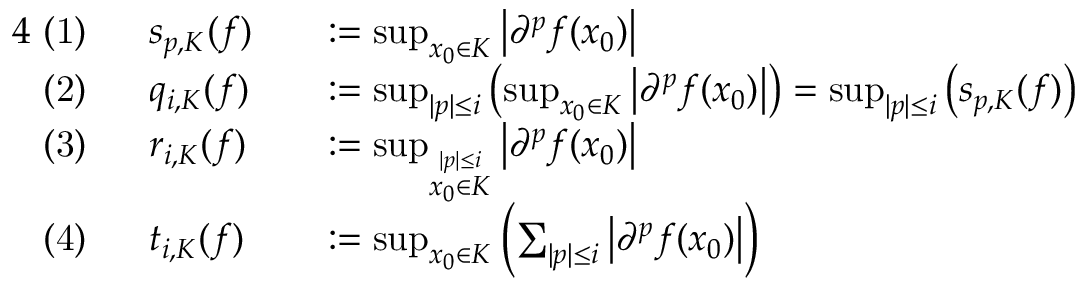
{ \begin{array} { r l r l } { { 4 } { \mathrm { ~ ( 1 ) ~ } } \ } & { s _ { p , K } ( f ) } & & { : = \operatorname* { s u p } _ { x _ { 0 } \in K } \left| \partial ^ { p } f ( x _ { 0 } ) \right| } \\ { { \mathrm { ~ ( 2 ) ~ } } \ } & { q _ { i , K } ( f ) } & & { : = \operatorname* { s u p } _ { | p | \leq i } \left( \operatorname* { s u p } _ { x _ { 0 } \in K } \left| \partial ^ { p } f ( x _ { 0 } ) \right| \right) = \operatorname* { s u p } _ { | p | \leq i } \left( s _ { p , K } ( f ) \right) } \\ { { \mathrm { ~ ( 3 ) ~ } } \ } & { r _ { i , K } ( f ) } & & { : = \operatorname* { s u p } _ { \stackrel { | p | \leq i } { x _ { 0 } \in K } } \left| \partial ^ { p } f ( x _ { 0 } ) \right| } \\ { { \mathrm { ~ ( 4 ) ~ } } \ } & { t _ { i , K } ( f ) } & & { : = \operatorname* { s u p } _ { x _ { 0 } \in K } \left( \sum _ { | p | \leq i } \left| \partial ^ { p } f ( x _ { 0 } ) \right| \right) } \end{array} }